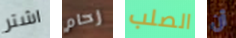
اشتر زحام الصلب أن